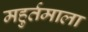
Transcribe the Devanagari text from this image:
महुर्तमाला